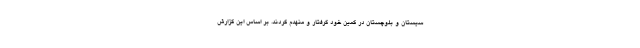
سیستان و بلوچستان در کمین خود گرفتار و منهدم کردند. بر اساس این گزارش